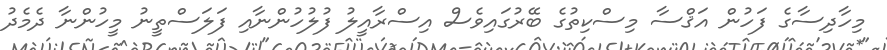
މިހާދިސާގެ ފަހުން އަޤްސާ މިސްކިތުގެ ބޭރުގައިވެސް އިސްރާއީލު ފުލުހުންނާއި ފަލަސްތީނު މީހުންނާ ދެމެދު